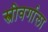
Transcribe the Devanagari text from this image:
स्त्रीवर्गाला